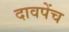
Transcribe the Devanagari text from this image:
दावपेंच